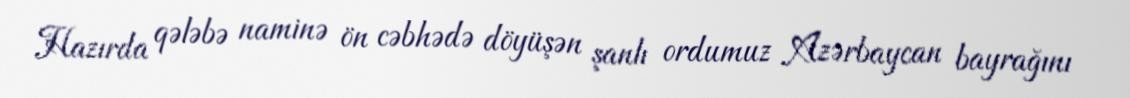
Hazırda qələbə naminə ön cəbhədə döyüşən şanlı ordumuz Azərbaycan bayrağını